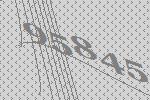
95845